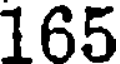
165